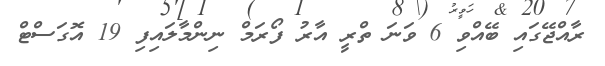
ރާއްޖޭގައި ބޭއްވި 6 ވަނަ ތްރީ އާރު ފޯރަމް ނިންމާލައިފި 19 އޮގަސްޓް